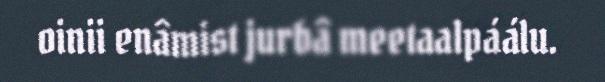
oinii enâmist jurbâ meetaalpáálu.